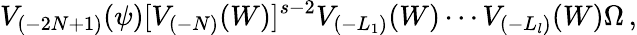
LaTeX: V_{(-2N+1)}(\psi)[V_{(-N)}(W)]^{s-2}V_{(-L_{1})}(W)\cdots V_{(-L_{l})}(W)\Omega\, ,